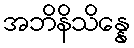
အဘိနိသိန္နေ